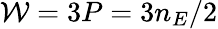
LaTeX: {\cal{W}}=3{P}=3{n}_{E}/2